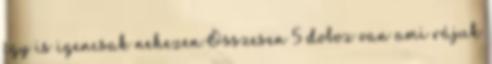
így is igencsak nehezen.Összesen 5 doboz van ami rájuk